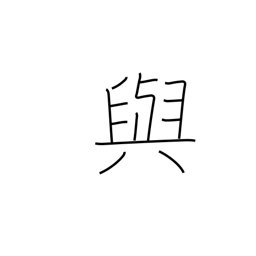
Meaning: provide